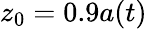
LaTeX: z_{0}=0.9a(t)